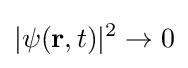
|\psi (\mathbf {r} ,t)|^{2}\to 0